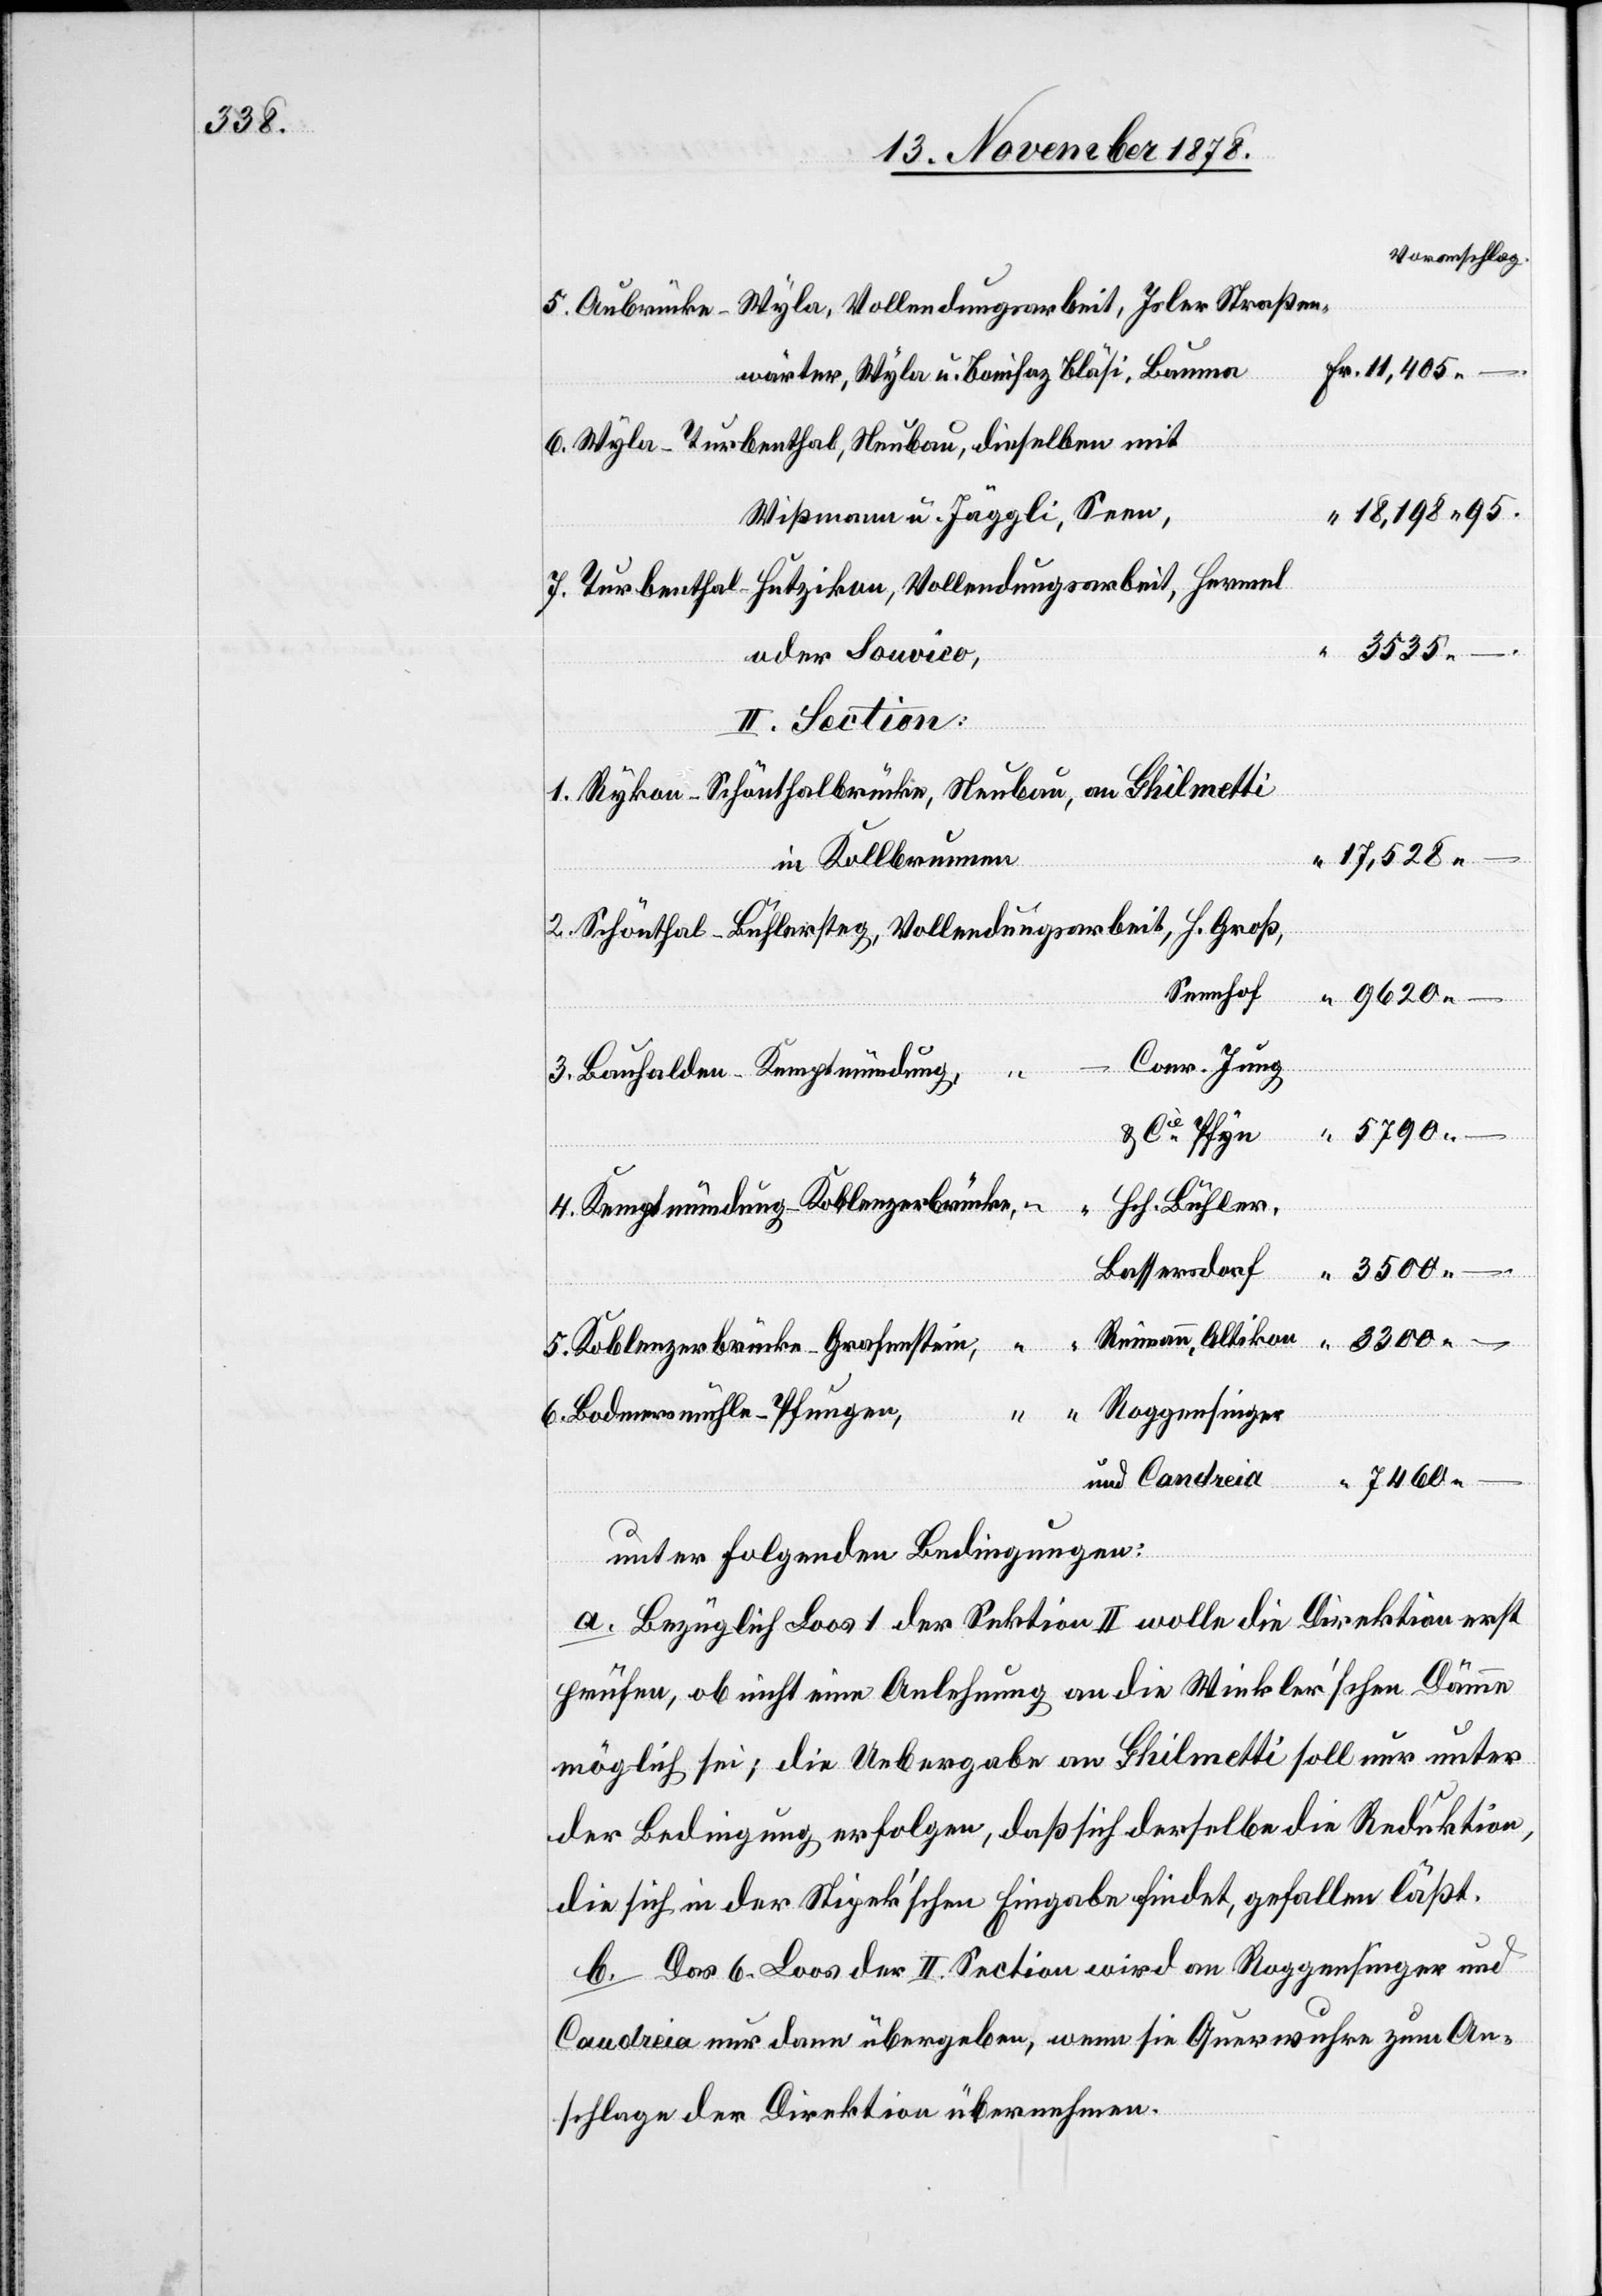
3300.–

5. Aubrücke–Wyla, Vollendungsarbeit, Isler Straßen¬
6. Wyla–Turbenthal, Neubau, dieselben mit
18,198 95
Wißmann u. Jäggli, Seen
7. Turbenthal–Hutzikon, Vollendungsarbeit, Hermel
oder Souvico,
II. Section:
1. Rykon–Schönthalbrücke,Neubau, am Ghilmetti
17,528.–
in Kollbrunnen
2. Schönthal–Bühlersteg, Vollendungsarbeit, H. Groß,
Sennhof
9620.–
Conr. Jung
3. Bauhalden–Kemptmündung,
5790.–
Altikon
& Cie Pfyn
Bauma
Hch. Bühler,
4. Kemptmündung–Koblenzerbrücke,
u.
Bassersdorf
Fr.
5. Koblenzerbrücke–Grafenstein,
Roggensinger
6. Bodmermühle–Pfungen,
7460.–
und Candreia
unter folgenden Bedingungen:
a. Bezüglich Loos 1 der Sektion II wolle die Direktion erst
prüfen, ob nicht eine Anlehnung an die Winkler’schen Dämme
möglich sei; die Uebergabe an Ghilmetti soll nur unter
der Bedingung erfolgen, daß sich derselbe die Reduktion,
die sich in der Stipek’schen Eingabe findet, gefallen läßt.
b. Das 6. Loos der II. Section wird an Roggensinger und
Candreia nur dann übergeben, wenn sie Querwuhre zum An¬
schlage der Direktion übernehmen.